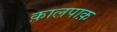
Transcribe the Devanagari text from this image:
क़ालपाक़